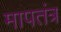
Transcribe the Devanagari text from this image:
मापतंत्र